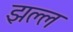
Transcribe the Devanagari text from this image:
झल्ल